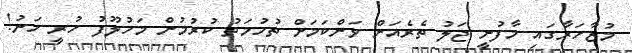
މުޒާހަރާގައި މާފުށީ ޖަލު ތެރެއަށް ވަންކަމަށް ތުހުމަތު ކުރުމުން މަހުލޫފު ހުރީ ހަނު!